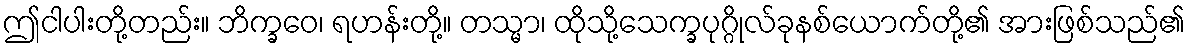
ဤငါပါးတို့တည်း။ ဘိက္ခဝေ၊ ရဟန်းတို့။ တသ္မာ၊ ထိုသို့သေက္ခပုဂ္ဂိုလ်ခုနစ်ယောက်တို့၏ အားဖြစ်သည်၏